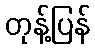
တုန့်ပြန်